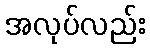
အလုပ်လည်း